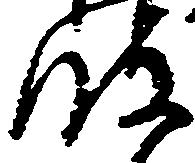
波